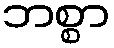
ဘစ္စာ